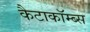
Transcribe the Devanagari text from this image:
कैटाकॉम्ब्स